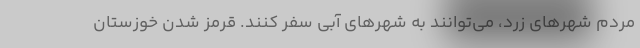
مردم شهرهای زرد، می‌توانند به شهرهای آبی سفر کنند. قرمز شدن خوزستان